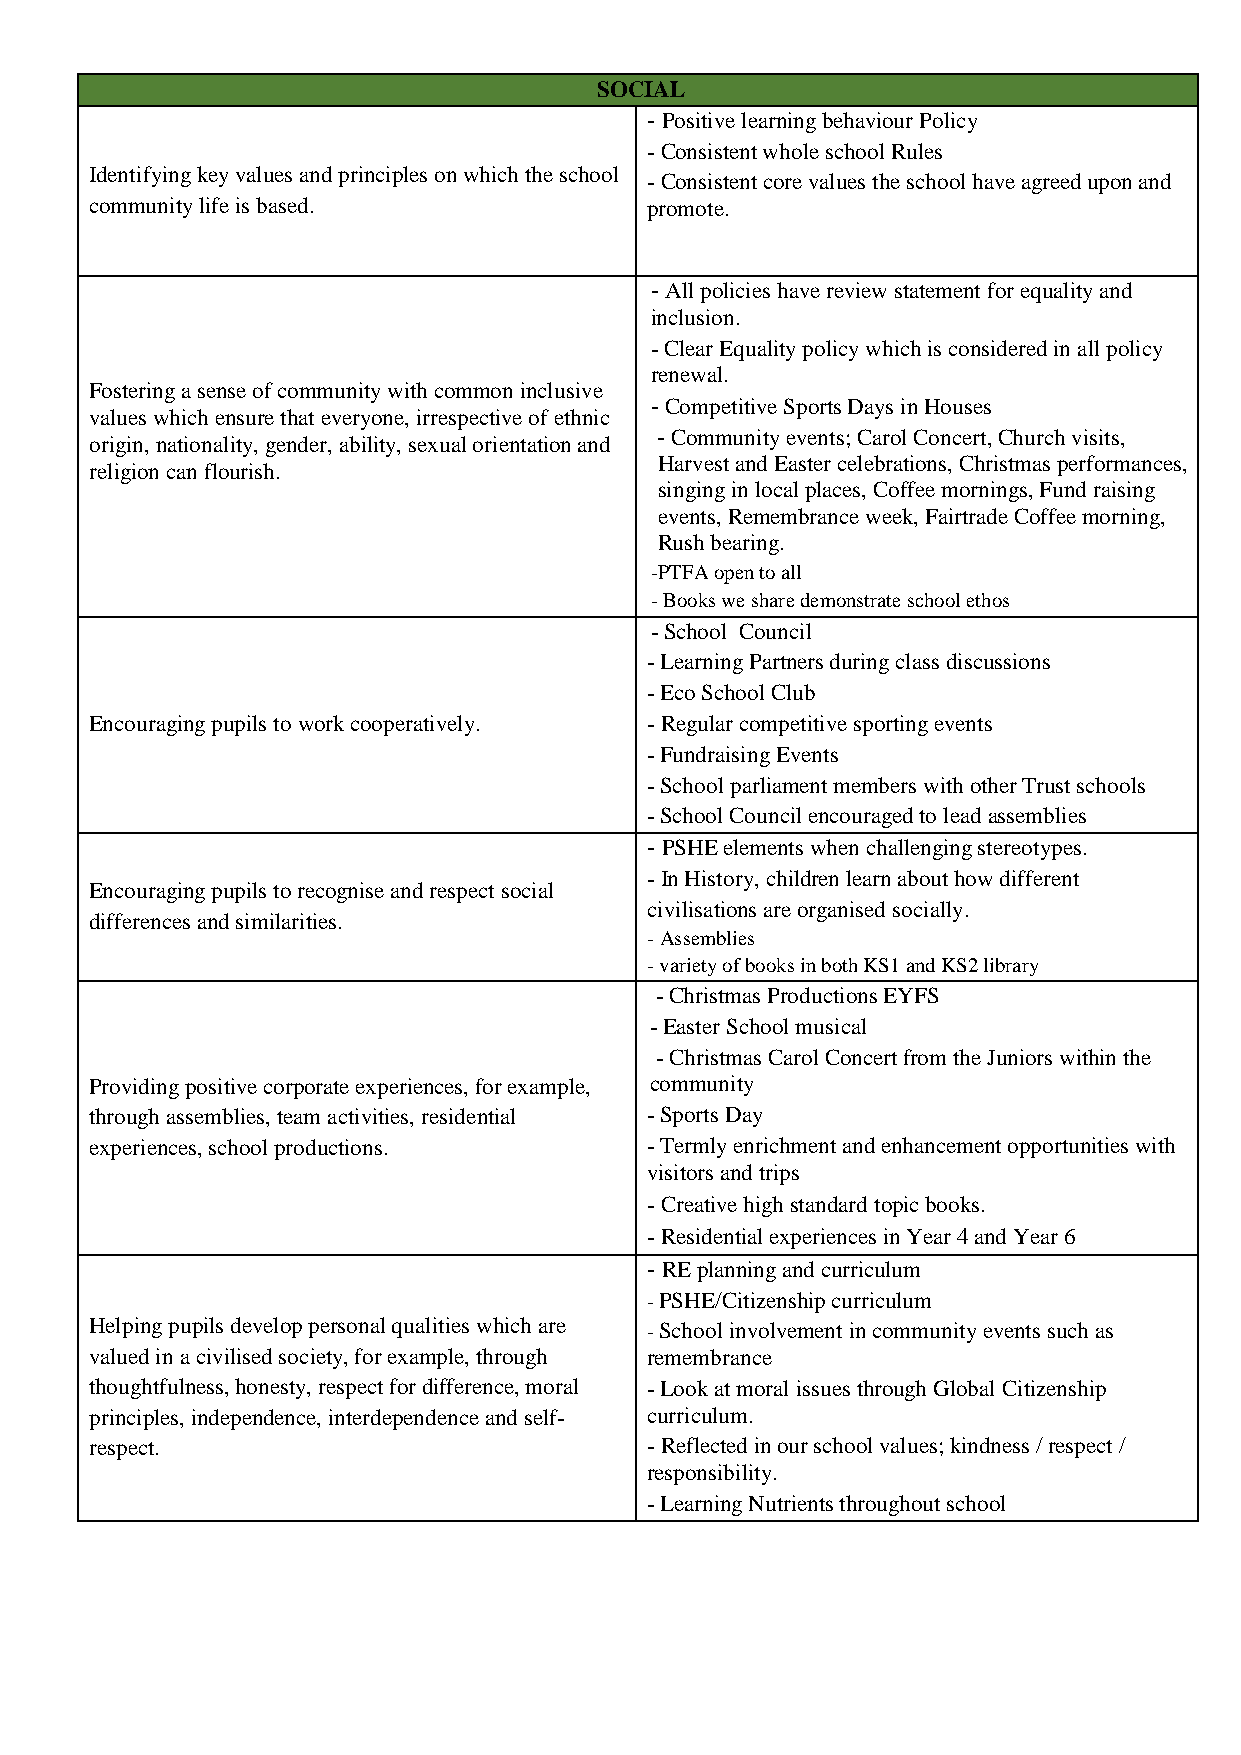
SOCIAL
 - Positive learning behaviour Policy
 - Consistent whole school Rules
 Identifying key values and principles on which the school
 - Consistent core values the school have agreed upon and
 community life is based.             promote.
 - All policies have review statement for equality and
 inclusion.
 - Clear Equality policy which is considered in all policy
 renewal.
 Fostering a sense of community with common inclusive
 - Competitive Sports Days in Houses
 values which ensure that everyone, irrespective of ethnic
 - Community events; Carol Concert, Church visits,
 origin, nationality, gender, ability, sexual orientation and
 Harvest and Easter celebrations, Christmas performances,
 religion can flourish.
 singing in local places, Coffee mornings, Fund raising
 events, Remembrance week, Fairtrade Coffee morning,
 Rush bearing.
 -PTFA open to all
 - Books we share demonstrate school ethos
 - School Council
 - Learning Partners during class discussions
 - Eco School Club
 Encouraging pupils to work cooperatively. - Regular competitive sporting events
 - Fundraising Events
 - School parliament members with other Trust schools
 - School Council encouraged to lead assemblies
 - PSHE elements when challenging stereotypes.
 - In History, children learn about how different
 Encouraging pupils to recognise and respect social
 civilisations are organised socially.
 differences and similarities.
 - Assemblies
 - variety of books in both KS1 and KS2 library
 - Christmas Productions EYFS
 - Easter School musical
 - Christmas Carol Concert from the Juniors within the
 Providing positive corporate experiences, for example, community
 through assemblies, team activities, residential - Sports Day
 experiences, school productions.     - Termly enrichment and enhancement opportunities with
 visitors and trips
 - Creative high standard topic books.
 - Residential experiences in Year 4 and Year 6
 - RE planning and curriculum
 - PSHE/Citizenship curriculum
 Helping pupils develop personal qualities which are - School involvement in community events such as
 valued in a civilised society, for example, through remembrance
 thoughtfulness, honesty, respect for difference, moral - Look at moral issues through Global Citizenship
 principles, independence, interdependence and self- curriculum.
 respect.                             - Reflected in our school values; kindness / respect /
 responsibility.
 - Learning Nutrients throughout school